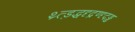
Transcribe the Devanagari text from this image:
थ्र्त्ड़द्धदृद्रण्दृदड्ढ